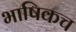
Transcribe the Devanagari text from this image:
भाषिकच